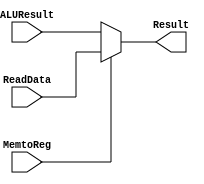
`timescale 1ns / 1ps

module MA_MUX(
    input MemtoReg,
    input [31:0] ALUResult,
    input [31:0] ReadData,
    output [31:0] Result
);

assign Result = MemtoReg? ReadData: ALUResult;

endmodule